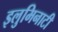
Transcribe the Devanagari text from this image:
इलुमिनाटी